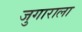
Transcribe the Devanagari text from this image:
जुगाराला